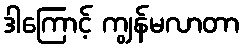
ဒါကြောင့် ကျွန်မလာတာ